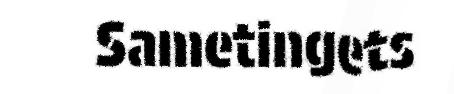
Sametingets